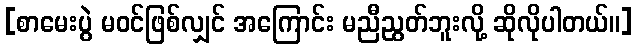
[စာမေးပွဲ မဝင်ဖြစ်လျှင် အကြောင်း မညီညွတ်ဘူးလို့ ဆိုလိုပါတယ်။]